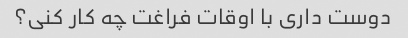
دوست داری با اوقات فراغت چه کار کنی؟